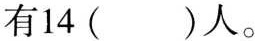
有14( )人。